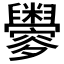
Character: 𦦼